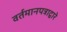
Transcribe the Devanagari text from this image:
वर्तमानपत्राद्वारे